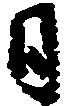
日